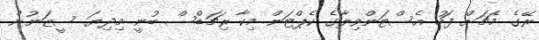
ރޭގެ މެޗަށް ފަހު އެސްޓަންވިލާގެ ކެޕްޓަން މިކާ ރިޗަޑްސް ބުނީ މިދިޔަ ސީޒަނުން